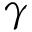
\gamma